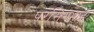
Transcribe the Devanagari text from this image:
परसिंगभाई